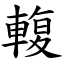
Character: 輹